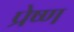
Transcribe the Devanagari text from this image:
प्रेष्ण